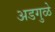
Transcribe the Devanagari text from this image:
अडगुळे